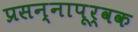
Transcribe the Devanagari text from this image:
प्रसन्नापूर्वक